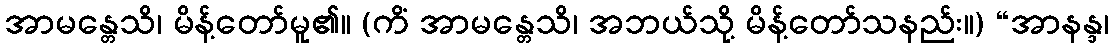
အာမန္တေသိ၊ မိန့်တော်မူ၏။ (ကိံ အာမန္တေသိ၊ အဘယ်သို့ မိန့်တော်သနည်း။) “အာနန္ဒ၊